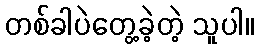
တစ်ခါပဲတွေ့ခဲ့တဲ့ သူပါ။